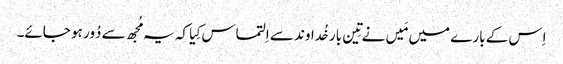
اِس کے بارے میں مَیں نے تِین بار خُداوند سے اِلتماس کِیا کہ یہ مُجھ سے دُور ہو جائے۔